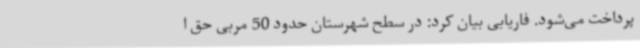
پرداخت می‌شود. فاریابی بیان کرد: در سطح شهرستان حدود 50 مربی حق ا